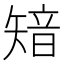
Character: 𥏮